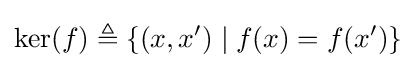
\ker(f)\triangleq \{(x,x')\mid f(x)=f(x')\}